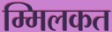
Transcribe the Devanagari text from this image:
म्मिलकत